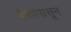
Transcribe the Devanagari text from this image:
देशांपासून